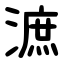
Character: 㵂